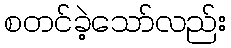
စတင်ခဲ့သော်လည်း